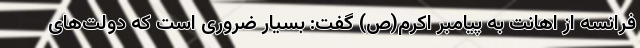
فرانسه از اهانت به پیامبر اکرم(ص) گفت: بسیار ضروری است که دولت‌های